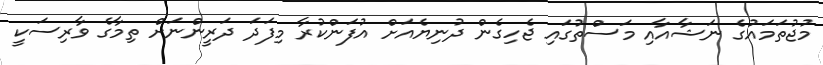
މުޖުތަމައުގެ ނަޝާއާއި މަސްތުގައި ޖެހިގެން ދުނިޔެއަށް އުފަންކުރާ މިފަދަ ދަރީންނަށް ތިމާގެ ވާރިސަކީ